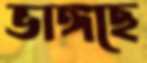
ভাঙ্গছে